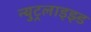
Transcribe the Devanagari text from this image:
न्युट्रलाइझ्ड